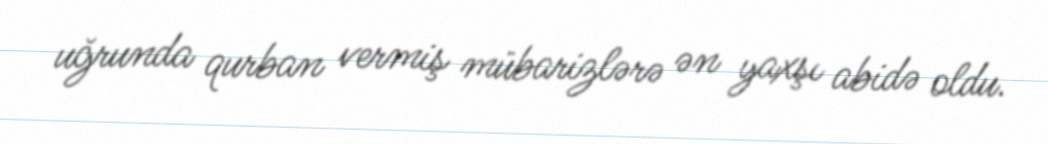
uğrunda qurban vermiş mübarizlərə ən yaxşı abidə oldu.